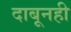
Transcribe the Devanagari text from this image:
दाबूनही